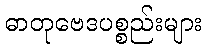
ဓာတုဗေဒပစ္စည်းများ